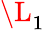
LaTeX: \L_{1}